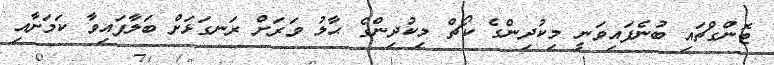
ޓޮންގްޗައި ބުނެފައިވަނީ މިކުދިންގެ ކޯޗް މިކުދިންގެ ޙާލު ވަރަށް ރަނގަޅަށް ބަލާފައިވާ ކަމަށާއި